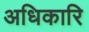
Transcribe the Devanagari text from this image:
अधिकारि